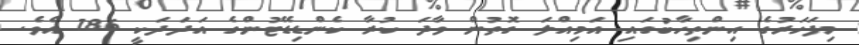
މިފަހަރުގެ އިންތިހާބުގައި އަމިއްލަ ގޮތުން ވާދަ ކުރާ ކެންޑިޑޭޓުންގެ އަދަދަކީ 186 އެވެ.